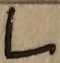
Text: L